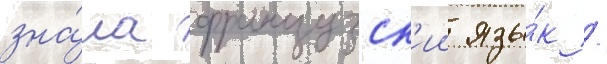
зна́ла французск'ии язы́к /